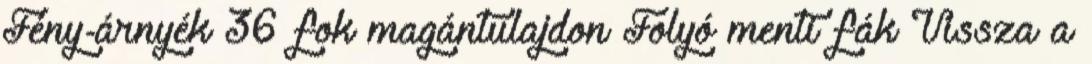
Fény-árnyék 36 fok magántulajdon Folyó menti fák Vissza a